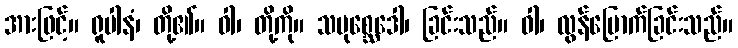
အားဖြင့်။ ရူပါနံ၊ တို့၏။ ဝါ၊ တို့ကို။ သမုစ္ဆေဒေါ၊ ခြင်းသည်။ ဝါ၊ လွန်မြောက်ခြင်းသည်။